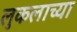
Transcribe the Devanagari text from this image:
लुकलाच्या